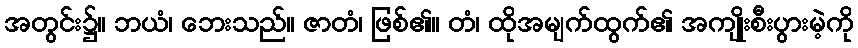
အတွင်း၌။ ဘယံ၊ ဘေးသည်။ ဇာတံ၊ ဖြစ်၏။ တံ၊ ထိုအမျက်ထွက်၏ အကျိုးစီးပွားမဲ့ကို